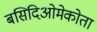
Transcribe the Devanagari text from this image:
बसिदिओमेकोता